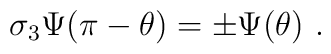
\sigma_3 \Psi(\pi - \theta) = \pm \Psi(\theta) \ .